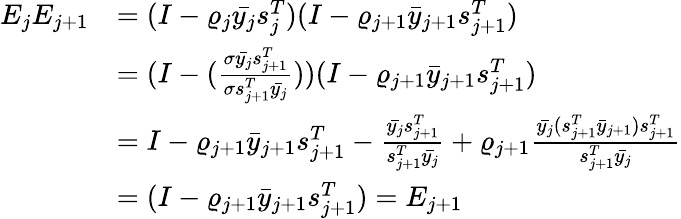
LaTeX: \begin{array}{rl}{E_{j}E_{j+1}}&{=(I-\varrho_{j}\bar{y_{j}}s_{j}^{T})(I-\varrho_{j+1}\bar{y}_{j+1}s_{j+1}^{T})}\\ &{=(I-(\frac{\sigma\bar{y_{j}}s_{j+1}^{T}}{\sigma s_{j+1}^{T}\bar{y_{j}}}))(I-\varrho_{j+1}\bar{y}_{j+1}s_{j+1}^{T})}\\ &{=I-\varrho_{j+1}\bar{y}_{j+1}s_{j+1}^{T}-\frac{\bar{y_{j}}s_{j+1}^{T}}{s_{j+1}^{T}\bar{y_{j}}}+\varrho_{j+1}\frac{\bar{y_{j}}(s_{j+1}^{T}\bar{y}_{j+1})s_{j+1}^{T}}{s_{j+1}^{T}\bar{y_{j}}}}\\ &{=(I-\varrho_{j+1}\bar{y}_{j+1}s_{j+1}^{T})=E_{j+1}}\end{array}